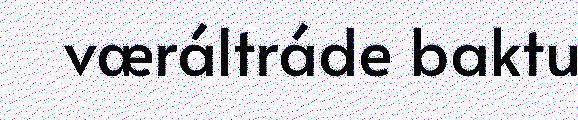
væráltráde baktu